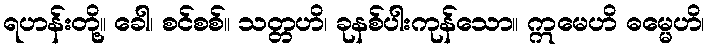
ရဟန်းတို့။ ခေါ၊ စင်စစ်။ သတ္တဟိ၊ ခုနစ်ပါးကုန်သော။ ဣမေဟိ ဓမ္မေဟိ၊